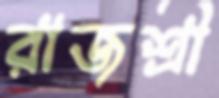
রাজশ্রী